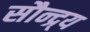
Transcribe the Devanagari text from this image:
सौन्द्र्य